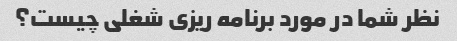
نظر شما در مورد برنامه ریزی شغلی چیست؟